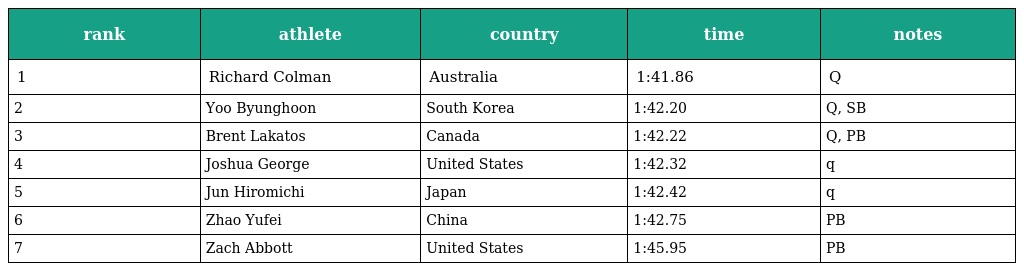
| rank | athlete | country | time | notes |
 | --- | --- | --- | --- | --- |
 | 1 | Richard Colman | Australia | 1:41.86 | Q |
 | 2 | Yoo Byunghoon | South Korea | 1:42.20 | Q, SB |
 | 3 | Brent Lakatos | Canada | 1:42.22 | Q, PB |
 | 4 | Joshua George | United States | 1:42.32 | q |
 | 5 | Jun Hiromichi | Japan | 1:42.42 | q |
 | 6 | Zhao Yufei | China | 1:42.75 | PB |
 | 7 | Zach Abbott | United States | 1:45.95 | PB |